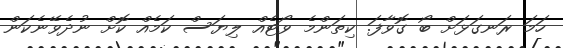
ހަމަ ރަނގަޅަށް ބޯ ގޮވާފަ. ކިތަންމެ ވޯޓެއް ލިޔަސް ކަމެއް ކޮށް ނުދެވޭނެކަން